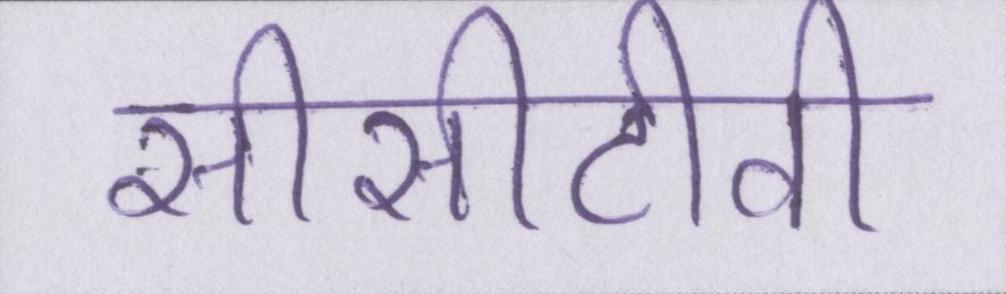
सीसीटीवी